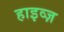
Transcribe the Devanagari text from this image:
हाइव्ज़